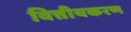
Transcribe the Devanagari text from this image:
वित्तीयकरण